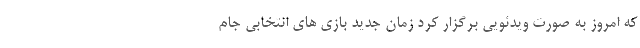
که امروز به صورت ویدئویی برگزار کرد زمان جدید بازی های انتخابی جام